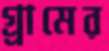
গ্র্রামের